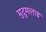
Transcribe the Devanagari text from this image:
मुदुमलाइ